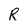
Character: R